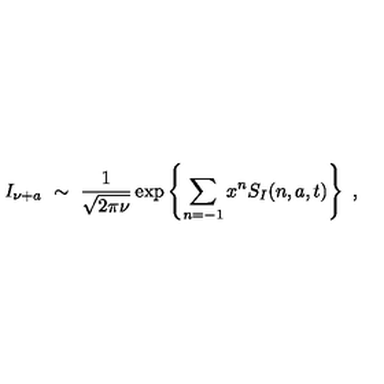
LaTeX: I _ { \nu + a } \ \sim \ \frac { 1 } { \sqrt { 2 \pi \nu } } \exp \left\{ \sum _ { n = - 1 } x ^ { n } S _ { I } ( n , a , t ) \right\} \ ,